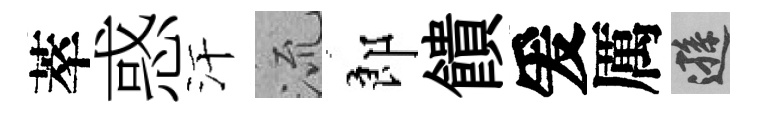
萃惑汗𣴑郎饋爰厲遜